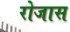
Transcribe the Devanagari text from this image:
रोजास